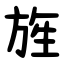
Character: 旌